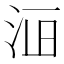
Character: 𱥾